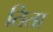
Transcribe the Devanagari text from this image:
तिता